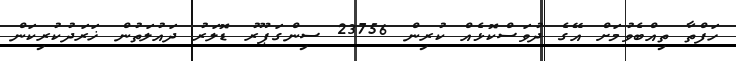
ހަފްތާ ތިއްބެވުމަށް އޭގެ ދުވަސްކޮޅެއް ކުރިން 23756 ސިންގަޕޫރު ޑޮލަރު ދައުލަތުން ޚަރަދުކުރިކަން